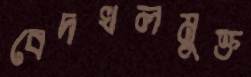
বেদখলমুক্ত